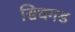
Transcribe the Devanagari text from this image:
सिधगड